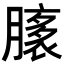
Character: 𦠸